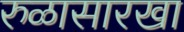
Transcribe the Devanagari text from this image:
रुळासारखा